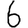
Digit: 6